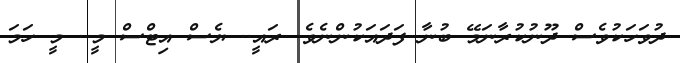
ދުވަހަކުވެސް ދޫނުކުރާނަމޭ ބުނާ ފަދައަކުންނެވެ. ރައީ.. ޔެސް އިޓްސް މީ.. މީ ހަމަ